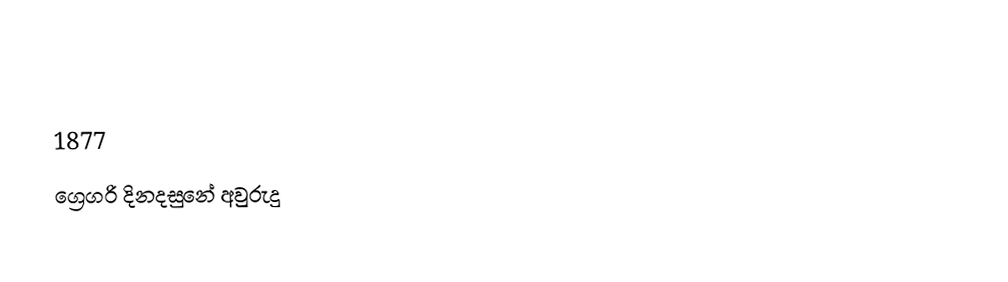

1877
ග්‍රෙගරි දිනදසුනේ අවුරුදු